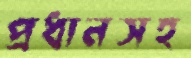
প্রধানসহ